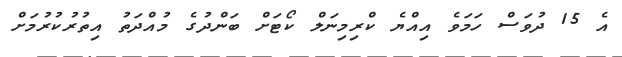
އެ 15 ދުވަސް ހަމަވެ އިއްޔެ ކްރިމިނަލް ކޯޓަށް ބަންދުގެ މުއްދަތު އިތުރުކުރުމަށް